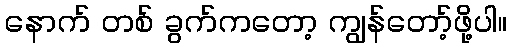
နောက် တစ် ခွက်ကတော့ ကျွန်တော့်ဖို့ပါ။